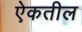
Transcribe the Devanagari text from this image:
ऐकतील